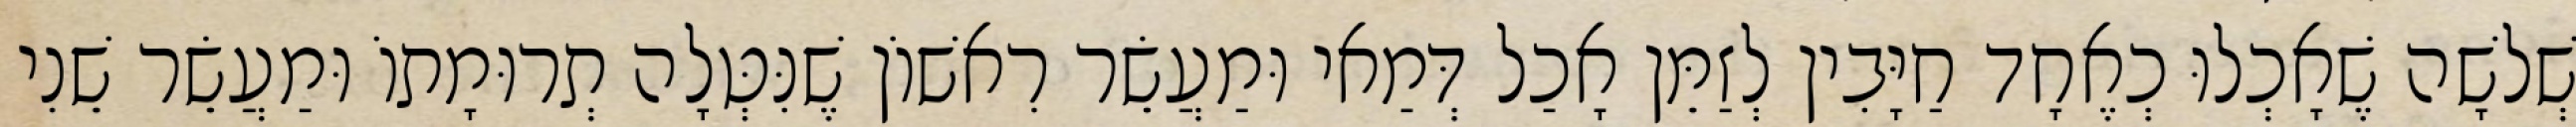
שְׁלשָׁה שֶׁאָכְלוּ כְאֶחָד חַיָּבִין לְזַמֵּן אָכַל דְּמַאי וּמַעֲשֵׂר רִאשׁוֹן שֶׁנִּטְּלָה תְרוּמָתוֹ וּמַעֲשֵׂר שֵׁנִי